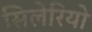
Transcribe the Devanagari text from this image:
सिलेरियो